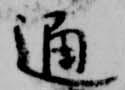
通